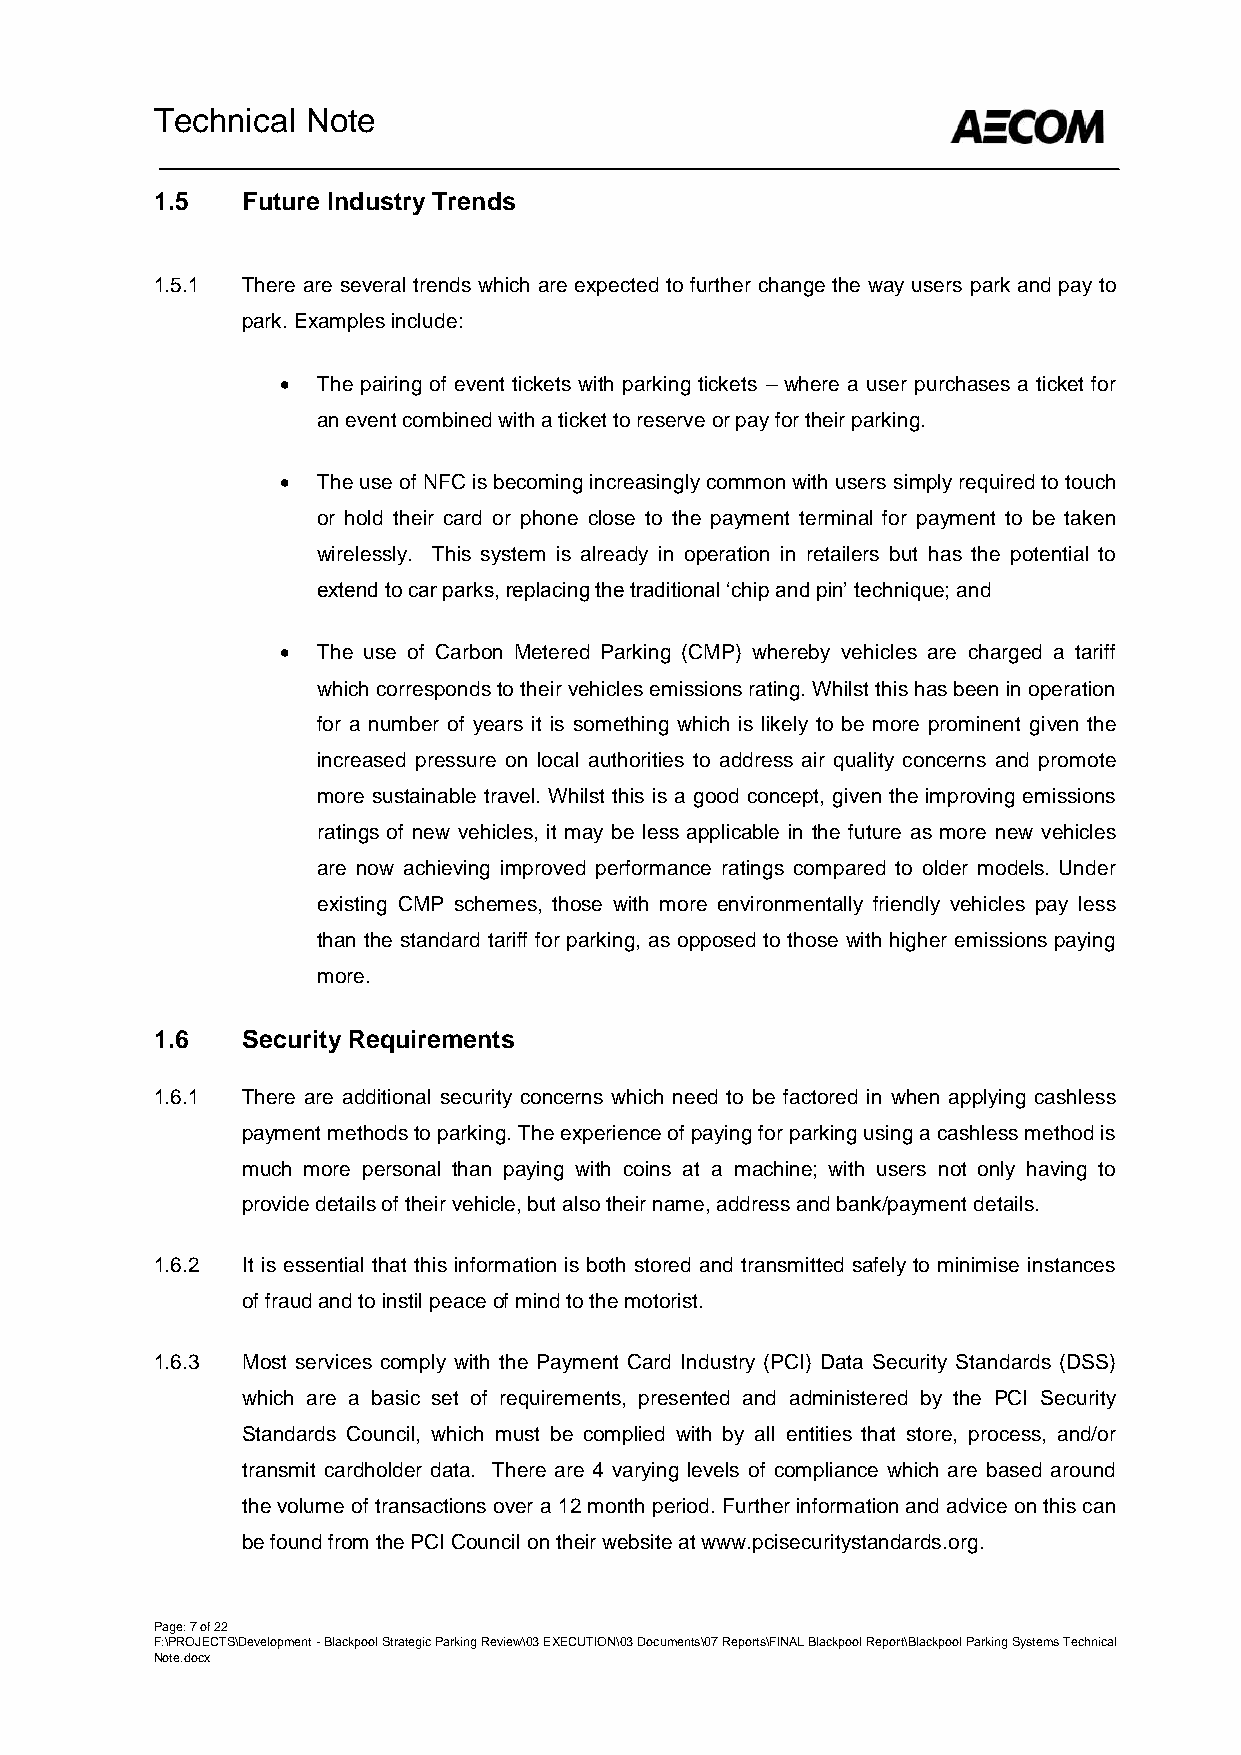
Technical Note
 1.5   Future Industry Trends
 1.5.1 There are several trends which are expected to further change the way users park and pay to
 park. Examples include:
  The pairing of event tickets with parking tickets – where a user purchases a ticket for
 an event combined with a ticket to reserve or pay for their parking.
  The use of NFC is becoming increasingly common with users simply required to touch
 or hold their card or phone close to the payment terminal for payment to be taken
 wirelessly. This system is already in operation in retailers but has the potential to
 extend to car parks, replacing the traditional ‘chip and pin’ technique; and
  The use of Carbon Metered Parking (CMP) whereby vehicles are charged a tariff
 which corresponds to their vehicles emissions rating. Whilst this has been in operation
 for a number of years it is something which is likely to be more prominent given the
 increased pressure on local authorities to address air quality concerns and promote
 more sustainable travel. Whilst this is a good concept, given the improving emissions
 ratings of new vehicles, it may be less applicable in the future as more new vehicles
 are now achieving improved performance ratings compared to older models. Under
 existing CMP schemes, those with more environmentally friendly vehicles pay less
 than the standard tariff for parking, as opposed to those with higher emissions paying
 more.
 1.6   Security Requirements
 1.6.1 There are additional security concerns which need to be factored in when applying cashless
 payment methods to parking. The experience of paying for parking using a cashless method is
 much more personal than paying with coins at a machine; with users not only having to
 provide details of their vehicle, but also their name, address and bank/payment details.
 1.6.2 It is essential that this information is both stored and transmitted safely to minimise instances
 of fraud and to instil peace of mind to the motorist.
 1.6.3 Most services comply with the Payment Card Industry (PCI) Data Security Standards (DSS)
 which are a basic set of requirements, presented and administered by the PCI Security
 Standards Council, which must be complied with by all entities that store, process, and/or
 transmit cardholder data. There are 4 varying levels of compliance which are based around
 the volume of transactions over a 12 month period. Further information and advice on this can
 be found from the PCI Council on their website at www.pcisecuritystandards.org.
 Page: 7 of 22
 F:\PROJECTS\Development - Blackpool Strategic Parking Review\03 EXECUTION\03 Documents\07 Reports\FINAL Blackpool Report\Blackpool Parking Systems Technical
 Note.docx